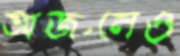
অর্জনেও